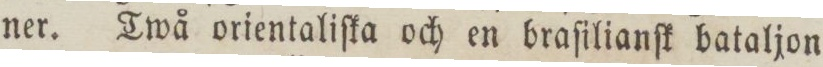
ner. Twå orientaliſka och en braſilianſk bataljon